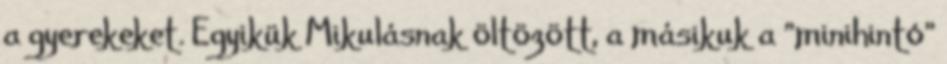
a gyerekeket. Egyikük Mikulásnak öltözött, a másikuk a "minihintó"